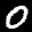
Label: 0